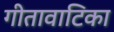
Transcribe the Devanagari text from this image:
गीतावाटिका